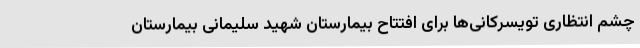
چشم انتظاری تویسرکانی‌ها برای افتتاح بیمارستان شهید سلیمانی بیمارستان